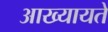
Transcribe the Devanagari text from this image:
आख्यायते